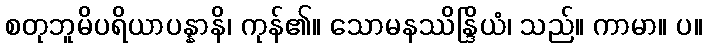
စတုဘူမိပရိယာပန္နာနိ၊ ကုန်၏။ သောမနဿိန္ဒြိယံ၊ သည်။ ကာမာ။ ပ။